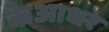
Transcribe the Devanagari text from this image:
केआधर